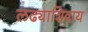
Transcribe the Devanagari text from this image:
लढ्याशिवाय